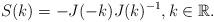
LaTeX: \begin{align*}S(k)=-J(-k)J(k)^{-1},k\in \mathbb{R}.\end{align*}